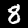
Digit: 8